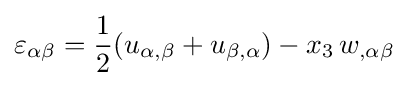
\varepsilon _{\alpha \beta }={\frac {1}{2}}(u_{\alpha ,\beta }+u_{\beta ,\alpha })-x_{3}\,w_{,\alpha \beta }